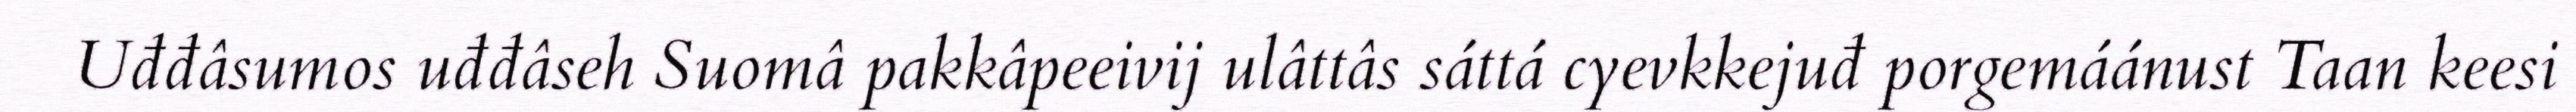
Uđđâsumos uđđâseh Suomâ pakkâpeeivij ulâttâs sáttá cyevkkejuđ porgemáánust Taan keesi